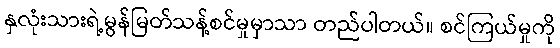
နှလုံးသားရဲ့မွန်မြတ်သန့်စင်မှုမှာသာ တည်ပါတယ်။ စင်ကြယ်မှုကို